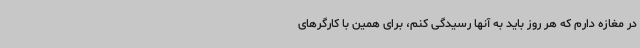
در مغازه دارم که هر روز باید به آنها رسیدگی کنم، برای همین با کارگرهای